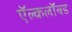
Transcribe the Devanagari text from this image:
ऍल्कलॉयड